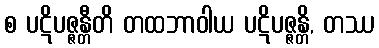
စ ပဋိပဇ္ဇန္တီတိ တထဘာဝါယ ပဋိပဇ္ဇန္တိ, တဿ